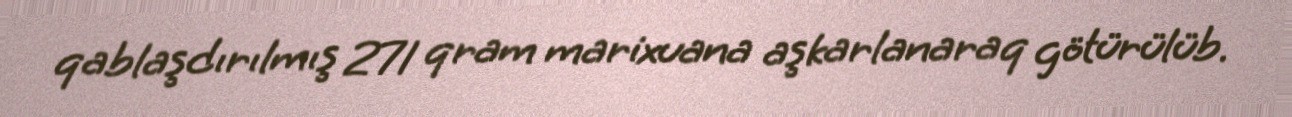
qablaşdırılmış 271 qram marixuana aşkarlanaraq götürülüb.